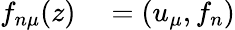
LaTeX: \begin{array}{rl}{f_{n\mu}(z)}&{{}=\left(u_{\mu},f_{n}\right)}\end{array}